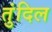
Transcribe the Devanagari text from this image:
तुंदिल